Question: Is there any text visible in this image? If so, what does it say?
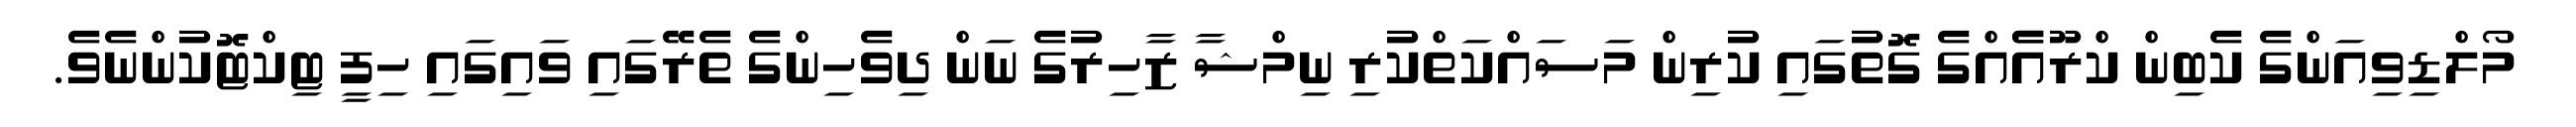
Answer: މޯލްޑިވިއަންގެ ކެބިން ކްރޫއެެއްގެ ގޮތުގައި ކުރިން މަސައްކަތްކުރި ނިމްޝާ ޒާހިރުގެ ނަން ދިވެހިންގެ ތެރޭގައި ވައިގައި ހިފީ ޓިކްޓޮކުންނެވެ.